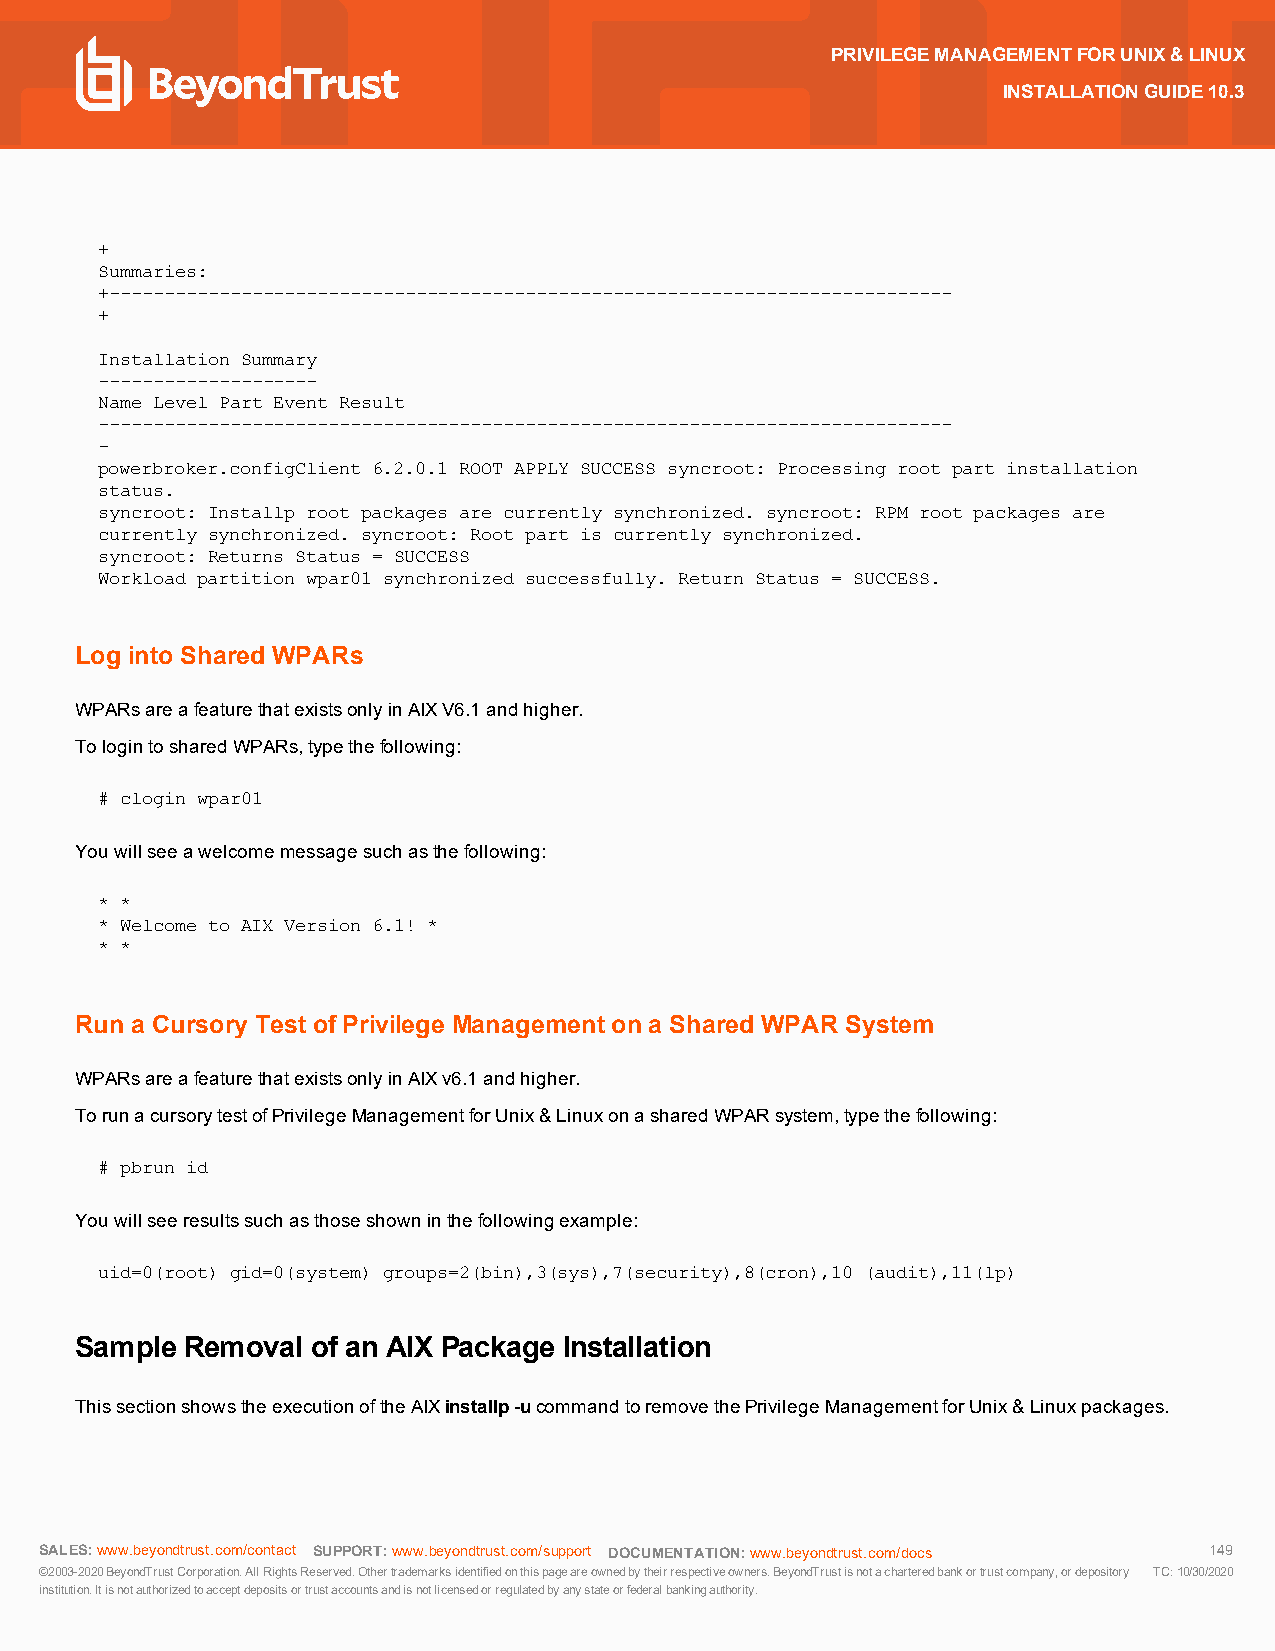
PRIVILEGEMANAGEMENTFORUNIX&LINUX
 INSTALLATIONGUIDE10.3
 +
 Summaries:
 +-----------------------------------------------------------------------------
 +
 Installation Summary
 --------------------
 Name Level Part Event Result
 ------------------------------------------------------------------------------
 -
 powerbroker.configClient 6.2.0.1 ROOT APPLY SUCCESS syncroot: Processing root part installation
 status.
 syncroot: Installp root packages are currently synchronized. syncroot: RPM root packages are
 currently synchronized. syncroot: Root part is currently synchronized.
 syncroot: Returns Status = SUCCESS
 Workload partition wpar01 synchronized successfully. Return Status = SUCCESS.
 Log into Shared WPARs
 WPARsareafeaturethatexistsonlyinAIXV6.1andhigher.
 TologintosharedWPARs,typethefollowing:
 # clogin wpar01
 Youwillseeawelcomemessagesuchasthefollowing:
 * *
 * Welcome to AIX Version 6.1! *
 * *
 Run a Cursory TestofPrivilege Managementon a Shared WPAR System
 WPARsareafeaturethatexistsonlyinAIXv6.1andhigher.
 TorunacursorytestofPrivilegeManagementforUnix&LinuxonasharedWPARsystem,typethefollowing:
 # pbrun id
 Youwillseeresultssuchasthoseshowninthefollowingexample:
 uid=0(root) gid=0(system) groups=2(bin),3(sys),7(security),8(cron),10 (audit),11(lp)
 Sample Removal  of an AIX Package Installation
 ThissectionshowstheexecutionoftheAIXinstallp-ucommandtoremovethePrivilegeManagementforUnix&Linuxpackages.
 SALES:www.beyondtrust.com/contact SUPPORT:www.beyondtrust.com/support DOCUMENTATION:www.beyondtrust.com/docs 149
 ©2003-2020BeyondTrustCorporation.AllRightsReserved.Othertrademarksidentifiedonthispageareownedbytheirrespectiveowners.BeyondTrustisnotacharteredbankortrustcompany,ordepository TC:10/30/2020
 institution.Itisnotauthorizedtoacceptdepositsortrustaccountsandisnotlicensedorregulatedbyanystateorfederalbankingauthority.